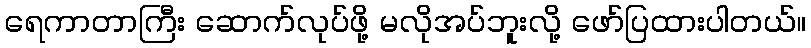
ရေကာတာကြီး ဆောက်လုပ်ဖို့ မလိုအပ်ဘူးလို့ ဖော်ပြထားပါတယ်။